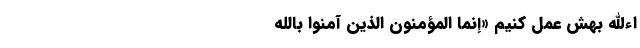
اءالله بهش عمل کنیم «إِنَّمَا المُؤمِنُونَ الَّذِینَ آمَنُوا بِاللَّهِ